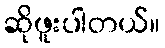
ဆိုဖူးပါတယ်။